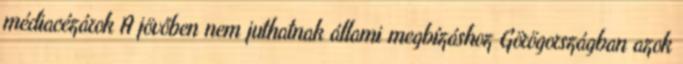
médiacézárok A jövőben nem juthatnak állami megbízáshoz Görögországban azok